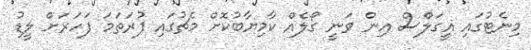
މިނެޓުގައި އީގަލްސް އިން ވަނީ ގޯލެއް ކާމިޔާބުކޮށް މެޗުގައި ފުރަތަމަ ފަހަރަށް ލީޑު